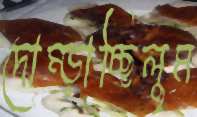
দোম্‌ড়াচ্ছিলুম